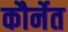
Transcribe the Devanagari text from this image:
कौर्नेत